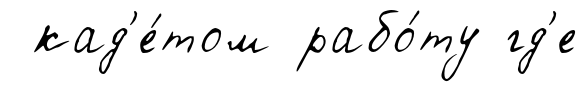
кад'е́том рабо́ту гд'е